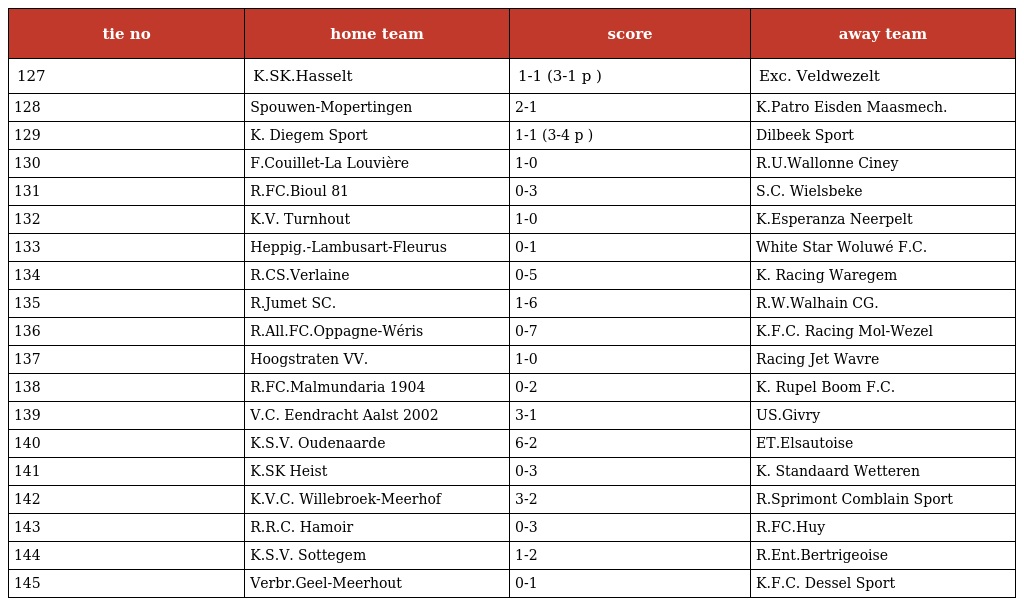
| tie no | home team | score | away team |
 | --- | --- | --- | --- |
 | 127 | K.SK.Hasselt | 1-1 (3-1 p ) | Exc. Veldwezelt |
 | 128 | Spouwen-Mopertingen | 2-1 | K.Patro Eisden Maasmech. |
 | 129 | K. Diegem Sport | 1-1 (3-4 p ) | Dilbeek Sport |
 | 130 | F.Couillet-La Louvière | 1-0 | R.U.Wallonne Ciney |
 | 131 | R.FC.Bioul 81 | 0-3 | S.C. Wielsbeke |
 | 132 | K.V. Turnhout | 1-0 | K.Esperanza Neerpelt |
 | 133 | Heppig.-Lambusart-Fleurus | 0-1 | White Star Woluwé F.C. |
 | 134 | R.CS.Verlaine | 0-5 | K. Racing Waregem |
 | 135 | R.Jumet SC. | 1-6 | R.W.Walhain CG. |
 | 136 | R.All.FC.Oppagne-Wéris | 0-7 | K.F.C. Racing Mol-Wezel |
 | 137 | Hoogstraten VV. | 1-0 | Racing Jet Wavre |
 | 138 | R.FC.Malmundaria 1904 | 0-2 | K. Rupel Boom F.C. |
 | 139 | V.C. Eendracht Aalst 2002 | 3-1 | US.Givry |
 | 140 | K.S.V. Oudenaarde | 6-2 | ET.Elsautoise |
 | 141 | K.SK Heist | 0-3 | K. Standaard Wetteren |
 | 142 | K.V.C. Willebroek-Meerhof | 3-2 | R.Sprimont Comblain Sport |
 | 143 | R.R.C. Hamoir | 0-3 | R.FC.Huy |
 | 144 | K.S.V. Sottegem | 1-2 | R.Ent.Bertrigeoise |
 | 145 | Verbr.Geel-Meerhout | 0-1 | K.F.C. Dessel Sport |